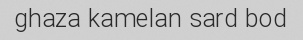
ghaza kamelan sard bod